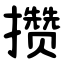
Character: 攒